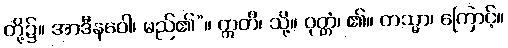
တို့၌။ အာဒီနဝေါ၊ မည်၏”။ ဣတိ၊ သို့။ ဝုတ္တံ၊ ၏။ တသ္မာ၊ ကြောင့်။